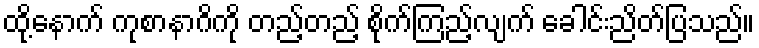
ထို့နောက် ကုစာနာဂိကို တည့်တည့် စိုက်ကြည့်လျက် ခေါင်းညိတ်ပြသည်။